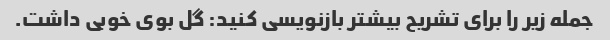
جمله زیر را برای تشریح بیشتر بازنویسی کنید: گل بوی خوبی داشت.